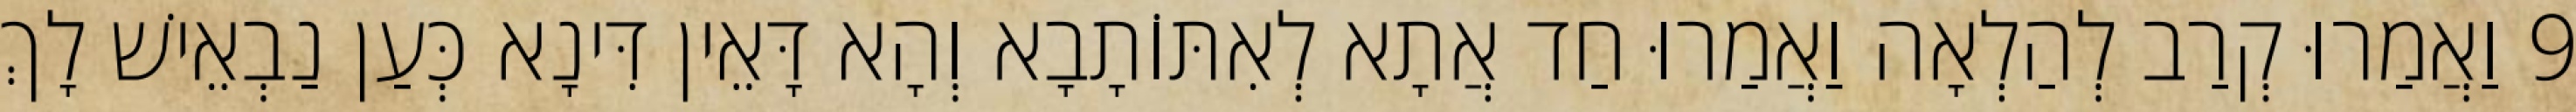
9 וַאֲמַרוּ קְרַב לְהַלְאָה וַאֲמַרוּ חַד אֲתָא לְאִתּוֹתָבָא וְהָא דָּאֵין דִּינָא כְּעַן נַבְאֵישׁ לָךְ